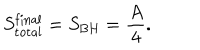
LaTeX: S _ { \mathrm { t o t a l } } ^ { \mathrm { f i n a l } } = S _ { \mathrm { B H } } = \frac { A } { 4 } .